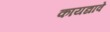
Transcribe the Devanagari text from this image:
कायद्यावे